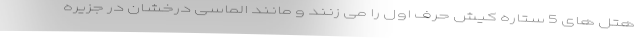
هتل های 5 ستاره کیش حرف اول را می زنند و مانند الماسی درخشان در جزیره